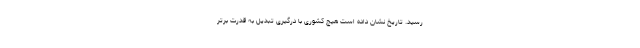
رسید. تاریخ نشان داده است هیچ کشوری با درگیری تبدیل به قدرت برتر